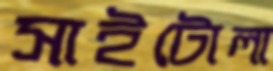
সাইটোলা